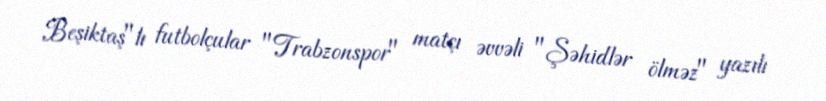
Beşiktaş"lı futbolçular "Trabzonspor" matçı əvvəli "Şəhidlər ölməz" yazılı